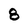
Character: 8